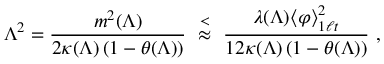
\Lambda ^ { 2 } = \frac { m ^ { 2 } ( \Lambda ) } { 2 \kappa ( \Lambda ) \left( 1 - \theta ( \Lambda ) \right) } \ \stackrel { < } { \approx } \ \frac { \lambda ( \Lambda ) \langle \varphi \rangle _ { 1 \ell t } ^ { 2 } } { 1 2 \kappa ( \Lambda ) \left( 1 - \theta ( \Lambda ) \right) } \ ,